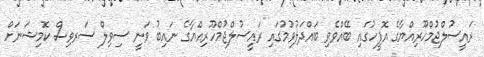
ރައީސުލްޖުމްހޫރިއްޔާގެ އޮފީހުގައި ބޭއްވެވި ބައްދަލުވުމުގައި ރައީސުލްޖުމްހޫރިއްޔާގެ ނައިބު ވަނީ ސިވިލް ސަރވިސް ކޮމިޝަނަށް